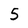
Character: 5